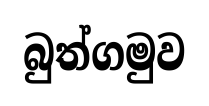
බුත්ගමුව